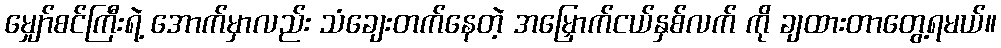
မျှော်စင်ကြီးရဲ့ အောက်မှာလည်း သံချေးတက်နေတဲ့ အမြှောက်ငယ်နှစ်လက် ကို ချထားတာတွေ့ရမယ်။